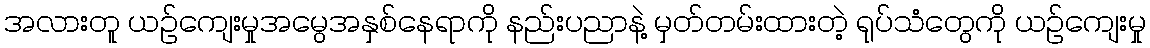
အလားတူ ယဉ်ကျေးမှုအမွေအနှစ်နေရာကို နည်းပညာနဲ့ မှတ်တမ်းထားတဲ့ ရုပ်သံတွေကို ယဉ်ကျေးမှု